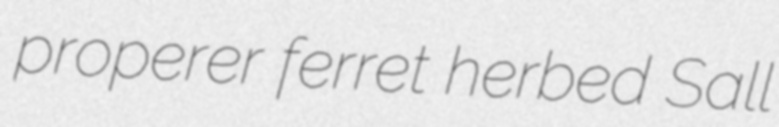
properer ferret herbed Sall